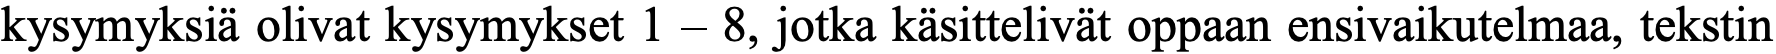
kysymyksiä olivat kysymykset 1 – 8, jotka käsittelivät oppaan ensivaikutelmaa, tekstin